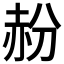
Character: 𬦁